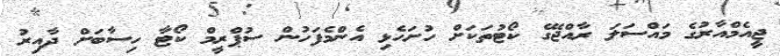
ޖީއެމްއާރުގެ މައްސަލަ ރާއްޖޭގެ ކޯޓުތަކަށް ހުށަހެޅި އެންމެފަހުން ސުޕްރީމް ކޯޓާ ހިސާބަށް ދާއިރު